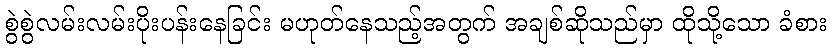
စွဲစွဲလမ်းလမ်းပိုးပန်းနေခြင်း မဟုတ်နေသည့်အတွက် အချစ်ဆိုသည်မှာ ထိုသို့သော ခံစား